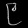
Digit: ၉